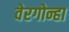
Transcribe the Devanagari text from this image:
वेरगोन्हा